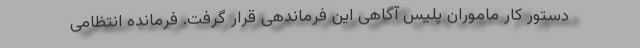
دستور کار ماموران پلیس آگاهی این فرماندهی قرار گرفت. فرمانده انتظامی